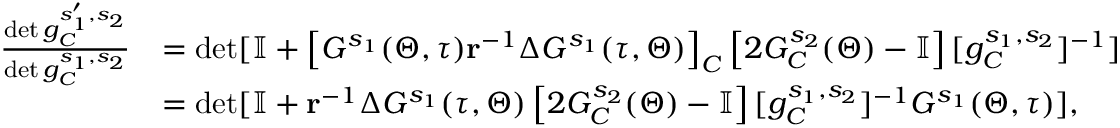
\begin{array} { r l } { \frac { \det g _ { C } ^ { s _ { 1 } ^ { \prime } , s _ { 2 } } } { \det g _ { C } ^ { s _ { 1 } , s _ { 2 } } } } & { = \operatorname* { d e t } [ \mathbb { I } + \left[ G ^ { s _ { 1 } } ( \Theta , \tau ) \mathbf { r } ^ { - 1 } \Delta G ^ { s _ { 1 } } ( \tau , \Theta ) \right] _ { C } \left[ 2 G _ { C } ^ { s _ { 2 } } ( \Theta ) - \mathbb { I } \right] [ g _ { C } ^ { s _ { 1 } , s _ { 2 } } ] ^ { - 1 } ] } \\ & { = \operatorname* { d e t } [ \mathbb { I } + \mathbf { r } ^ { - 1 } \Delta G ^ { s _ { 1 } } ( \tau , \Theta ) \left[ 2 G _ { C } ^ { s _ { 2 } } ( \Theta ) - \mathbb { I } \right] [ g _ { C } ^ { s _ { 1 } , s _ { 2 } } ] ^ { - 1 } G ^ { s _ { 1 } } ( \Theta , \tau ) ] , } \end{array}